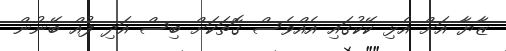
ޒާޔާ އަށް އެޅި ކޭކުގައި އެއްވެސް ގޮތަކަށް ބިސް އަދި ފުއް ބޭނުން